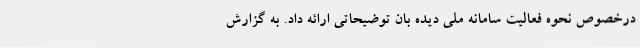
درخصوص نحوه فعالیت سامانه ملی دیده بان توضیحاتی ارائه داد. به گزارش